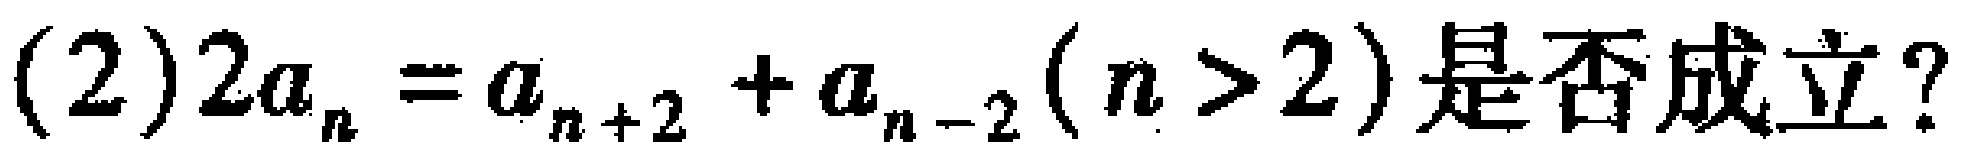
(2)$2a_{n}=a_{n + 2}+a_{n - 2}(n>2)$是否成立？